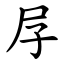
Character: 㞌